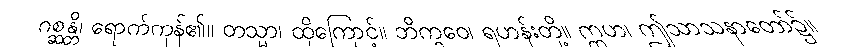
ဂစ္ဆန္တိ၊ ရောက်ကုန်၏။ တသ္မာ၊ ထိုကြောင့်။ ဘိက္ခဝေ၊ ရဟန်းတို့။ ဣဟ၊ ဤသာသနာတော်၌။